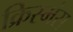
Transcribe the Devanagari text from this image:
क्रिस्मंस